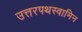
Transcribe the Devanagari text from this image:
उत्तरपथस्वामिन